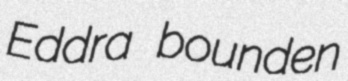
Eddra bounden